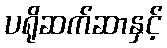
ပရိုဆက်ဆာနှင့်